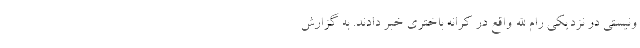
ونیستی در نزدیکی رام الله واقع در کرانه باختری خبر دادند. به گزارش